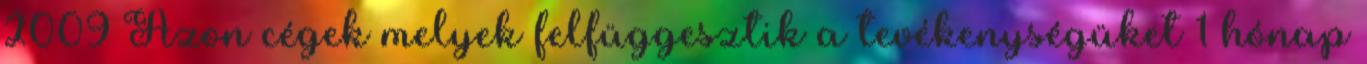
2009 Azon cégek melyek felfüggesztik a tevékenységüket 1 hónap